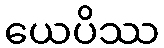
ယေပိဿ